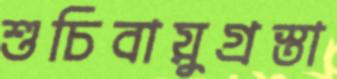
শুচিবায়ুগ্রস্তা